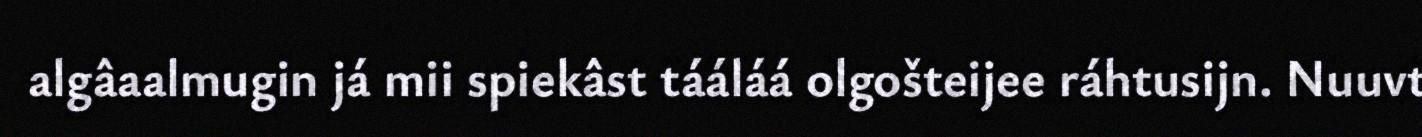
algâaalmugin já mii spiekâst tááláá olgošteijee ráhtusijn. Nuuvt